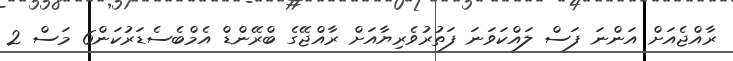
ރާއްޖެއަށް އަންނަ ފަސް ލައްކަވަނަ ފަތުރުވެރިޔާއަށް ރާއްޖޭގެ ބްރޭންޑް އެމްބެސެޑަރުކަން6 މަސް 2